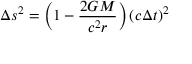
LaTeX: \Delta s ^ { 2 } = \left( 1 - { \frac { 2 G M } { c ^ { 2 } r } } \right) ( c \Delta t ) ^ { 2 }